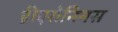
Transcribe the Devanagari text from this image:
हीएरोनिमस